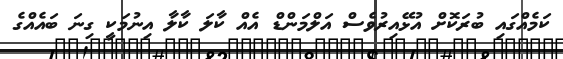
ކަމެއްގައި ބުރަކޮށް އުޅޭއިރުވެސް އަލްމަންޑް އެއް ކާލަ ކާލާ އިނުމަކީ ގިނަ ބައެއްގެ